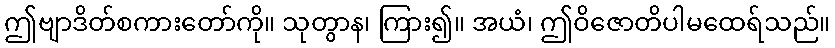
ဤဗျာဒိတ်စကားတော်ကို။ သုတွာန၊ ကြား၍။ အယံ၊ ဤဝိဇောတိပါမထေရ်သည်။